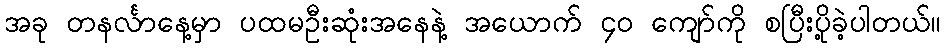
အခု တနင်္လာနေ့မှာ ပထမဦးဆုံးအနေနဲ့ အယောက် ၄၀ ကျော်ကို စပြီးပို့ခဲ့ပါတယ်။